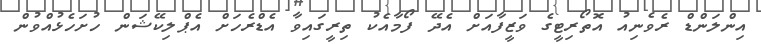
އިންލަންޑް ރެވެނިއު އޮތޯރިޓީގެ ވަޒީފާއަށް އެދޭ ފޯމާއެކު ތިރީގައިވާ އެޑްރެހަށް އެޕްލިކޭޝަން ހުށަހެޅުއްވުން